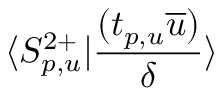
\langle S _ { p , u } ^ { 2 + } \vert \frac { ( t _ { p , u } \overline { { u } } ) } { \delta } \rangle